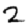
Digit: 2